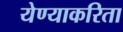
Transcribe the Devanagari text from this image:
येण्याकरिता